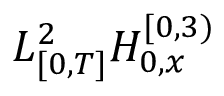
L _ { [ 0 , T ] } ^ { 2 } H _ { 0 , x } ^ { [ 0 , 3 ) }